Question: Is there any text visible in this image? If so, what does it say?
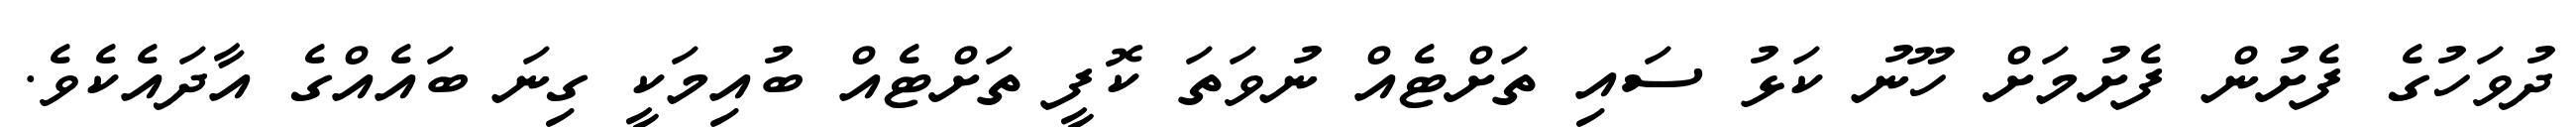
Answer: ދުވަހުގެ ފެށުން ފެށުމަށް ހޫނު ކަޅު ސައި ތަށްޓެއް ނުވަތަ ކޮފީ ތަށްޓެއް ބުއިމަކީ ގިނަ ބައެއްގެ އާދައެކެވެ.